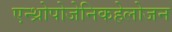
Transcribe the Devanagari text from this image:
एन्थ्रोपोजेनिकहेलोजन